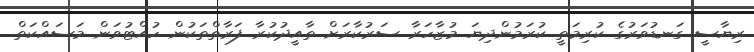
ރިޔާސީ ގަނޑުވަރުގެ ކުރިމަތީ ކުރަމުންދިޔަ މުޒާހަރާ ސަރުކާރަށް ތާއީދުކުރާ ފަރާތްތަކުން ހުއްޓުވަން މަސައްކަތް